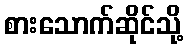
စားသောက်ဆိုင်သို့